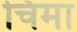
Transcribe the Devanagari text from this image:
चिमा